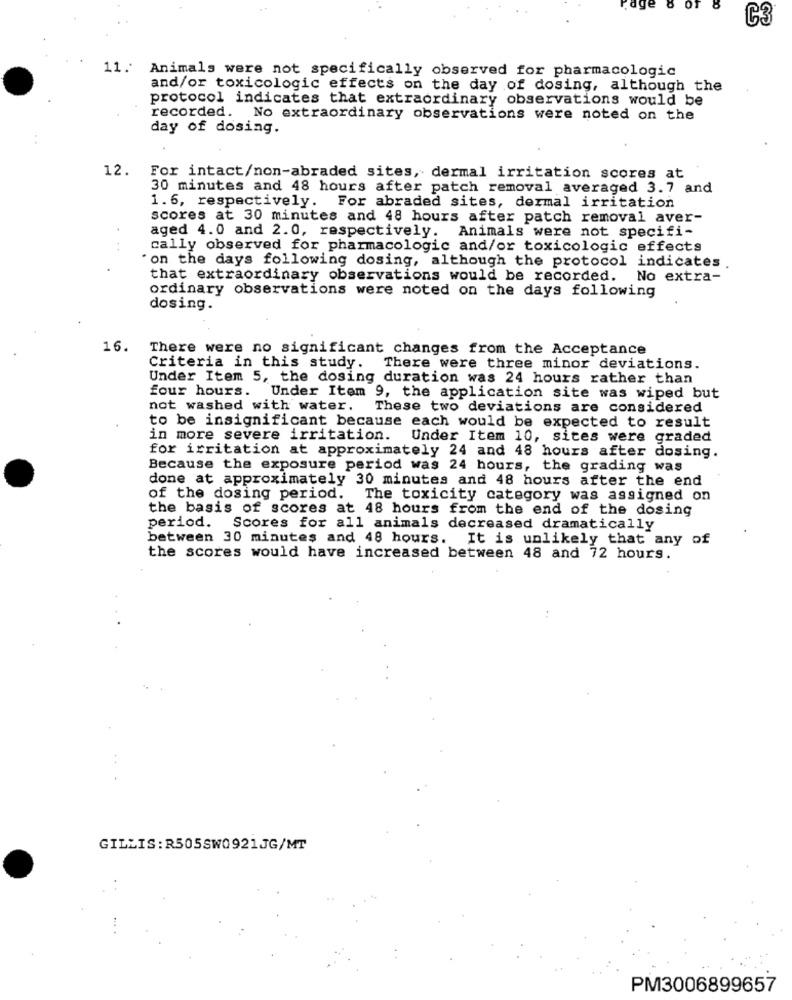
age
C3
11. Animals were not specifically observed for pharmacologic
and/or toxicologic effects on the day of dosing, although the
protocol indicates that extraordinary observations would be
recorded. No extraordinary observations were noted on the
day of dosing.
12. For intact/non-abraded sites, dermal irritation scores at
30 minutes and 48 hours after patch removal averaged 3.7 and
1.6, respectively.
For abraded sites, dermal irritation
scores at 30 minutes and 48 hours after patch removal aver-
aged 4.0 and 2.0, respectively. Animals were not specifi-
cally observed for pharmacologic and/or toxicologic effects
"on the days following dosing, although the protocol indicates
that extraordinary observations would be recorded. No extra-
ordinary observations were noted on the days following
dosing.
16.
There were no significant changes from the Acceptance
Criteria in this study.
There were three minor deviations.
Under Item 5, the dosing duration was 24 hours rather than
four hours. Under Item 9, the application site was wiped but
not washed with water.
These two deviations are considered
to be insignificant because each would be expected to result
in more severe irritation. Under Item 10, sites were graded
for irritation at approximately 24 and 48 hours after dosing.
Because the exposure period was 24 hours, the grading was
done at approximately 30 minutes and 48 hours after the end
of the dosing period. The toxicity category was assigned on
the basis of scores at 48 hours from the end of the dosing
period. Scores for all animals decreased dramatically
between 30 minutes and 48 hours. It is unlikely that any of
the scores would have increased between 48 and 72 hours.
GILLIS:R505SW0921JG/MT
PM3006899657